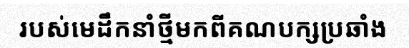
របស់មេដឹកនាំថ្មីមកពីគណបក្សប្រឆាំង